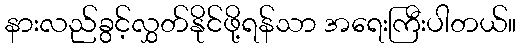
နားလည်ခွင့်လွှတ်နိုင်ဖို့ရန်သာ အရေးကြီးပါတယ်။